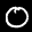
Label: 0